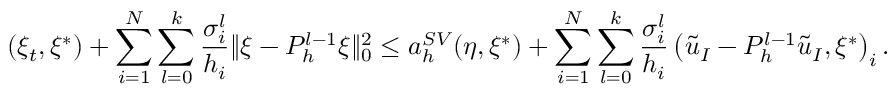
( \xi _ { t } , \xi ^ { * } ) + \sum _ { i = 1 } ^ { N } \sum _ { l = 0 } ^ { k } \frac { \sigma _ { i } ^ { l } } { h _ { i } } \Vert \xi - P _ { h } ^ { l - 1 } \xi \Vert _ { 0 } ^ { 2 } \le a _ { h } ^ { S V } ( \eta , \xi ^ { * } ) + \sum _ { i = 1 } ^ { N } \sum _ { l = 0 } ^ { k } \frac { \sigma _ { i } ^ { l } } { h _ { i } } \left( \tilde { u } _ { I } - P _ { h } ^ { l - 1 } \tilde { u } _ { I } , \xi ^ { * } \right) _ { i } .